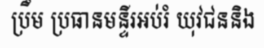
ប្រឹម ប្រធានមន្ទីរអប់រំ យុវជននិង